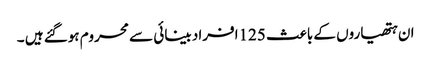
ان ہتھیاروں کے باعث 125افراد بینائی سے محروم ہوگئے ہیں ۔